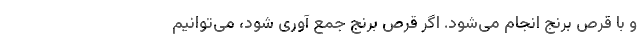
و با قرص برنج انجام می‌شود. اگر قرص برنج جمع آوری شود، می‌توانیم